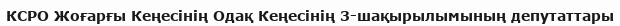
КСРО Жоғарғы Кеңесінің Одақ Кеңесінің 3-шақырылымының депутаттары